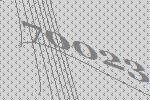
70023